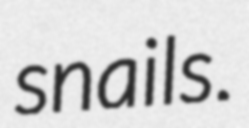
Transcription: snails.